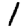
Digit: 1